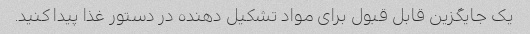
یک جایگزین قابل قبول برای مواد تشکیل دهنده در دستور غذا پیدا کنید.